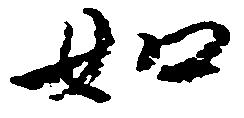
如